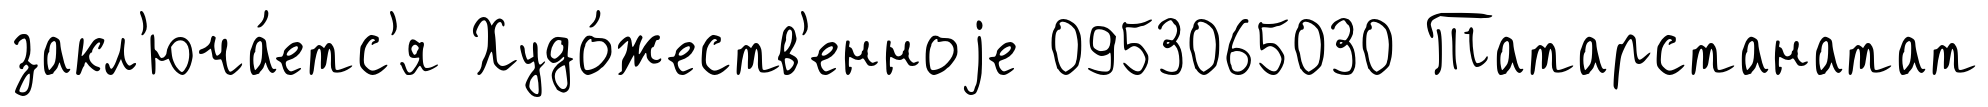
закл'юча́етс'я Худо́жеств'енноjе 0953065030 Татарстанатат